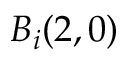
B _ { i } ( 2 , 0 )